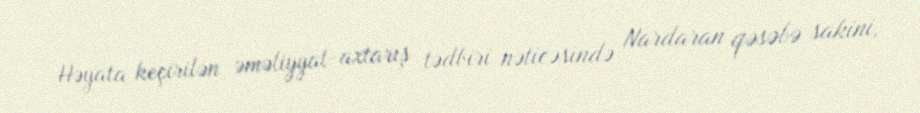
Həyata keçirilən əməliyyat-axtarış tədbiri nəticəsində Nardaran qəsəbə sakini,